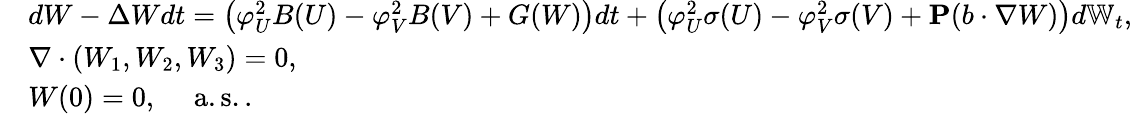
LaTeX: \begin{array}{rl}&{dW-\Delta Wdt=\left(\varphi_{U}^{2}B(U)-\varphi_{V}^{2}B(V)+G(W)\right)dt+\left(\varphi_{U}^{2}\sigma(U)-\varphi_{V}^{2}\sigma(V)+\mathbf{P}(b\cdot\nabla W)\right)d\mathbb{W}_{t},}\\ &{\nabla\cdot(W_{1},W_{2},W_{3})=0,}\\ &{W(0)=0,\quad\mathrm{~a.s..~}}\end{array}